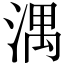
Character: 湡